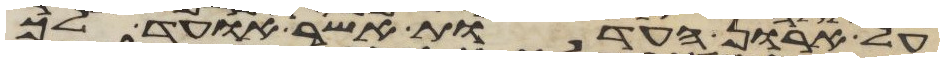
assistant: על ארון העדות אשר אועד לך